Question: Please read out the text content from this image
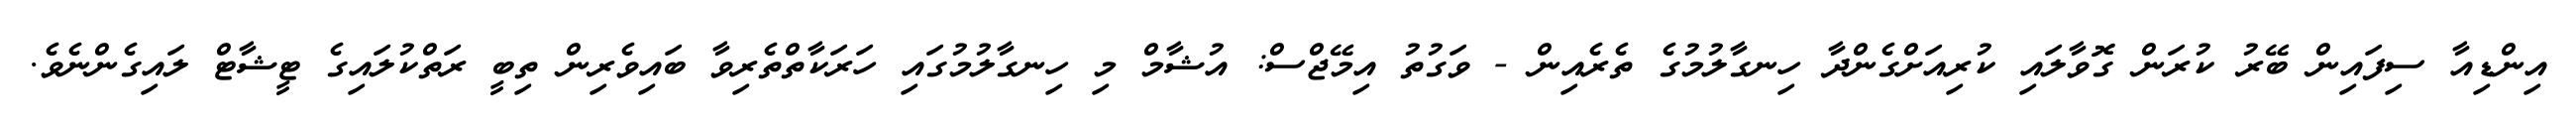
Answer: އިންޑިއާ ސިފައިން ބޭރު ކުރަން ގޮވާލައި ކުރިއަށްގެންދާ ހިނގާލުމުގެ ތެރެއިން - ވަގުތު އިމޭޖްސް: އުޝާމް މި ހިނގާލުމުގައި ހަރަކާތްތެރިވާ ބައިވެރިން ތިބީ ރަތްކުލައިގެ ޓީޝާޓް ލައިގެންނެވެ.